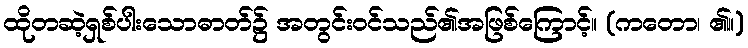
ထိုတဆဲ့ရှစ်ပါးသောဓာတ်၌ အတွင်းဝင်သည်၏အဖြစ်ကြောင့်။ (ကတော၊ ၏။)